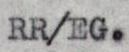
RR/EG.